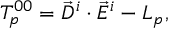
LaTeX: T _ { p } ^ { 0 0 } = \vec { D } ^ { i } \cdot \vec { E } ^ { i } - { \cal L } _ { p } ,